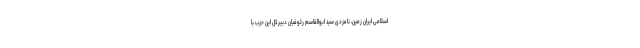
اسلامی ایران زمین، نامزدی سید ابوالقاسم رئوفیان دبیرکل این حزب با